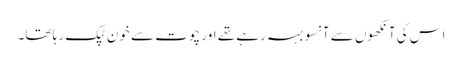
اس کی آنکھوں سے آنسو بہہ رہے تھے اور چوت سے خون ٹپک رہا تھا۔